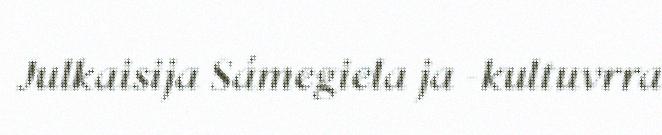
Julkaisija Sámegiela ja -kultuvrra